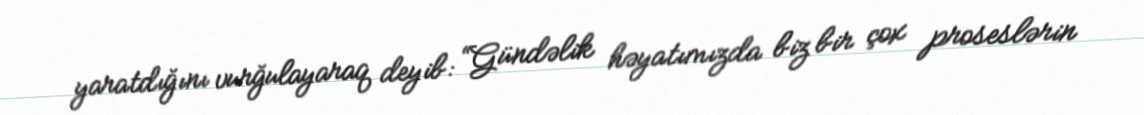
yaratdığını vurğulayaraq deyib: “Gündəlik həyatımızda biz bir çox proseslərin